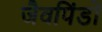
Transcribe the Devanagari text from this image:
जैवपिंडों